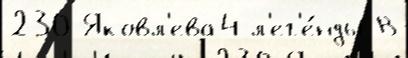
230 Яковл'ева4 л'ег'е́нды В